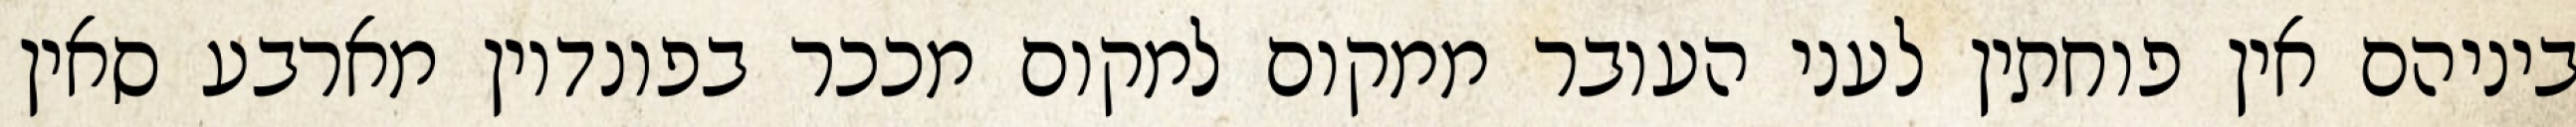
ביניהם אין פוחתין לעני העובר ממקום למקום מככר בפונדיון מארבע סאין